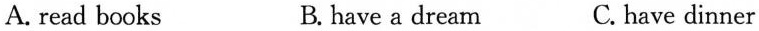
A.read books B. have a dream C.have dinner